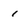
Character: 1